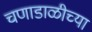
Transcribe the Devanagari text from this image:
चणाडाळीच्या